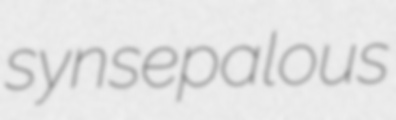
synsepalous